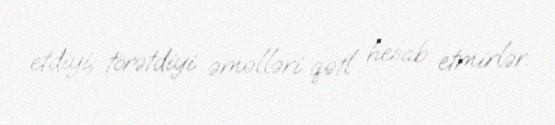
etdiyi, törətdiyi əməlləri qətl hesab etmirlər.